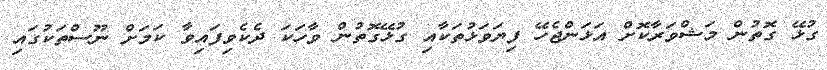
ގުޅޭ ގޮތުން މަޝްވަރާކޮށް އަޅަންޖެހޭ ފިޔަވަޅުތަކާއި ގުޅޭގޮތުން ވާހަކަ ދެކެވިފައިވާ ކަމަށް ނޫސްތަކުގައި